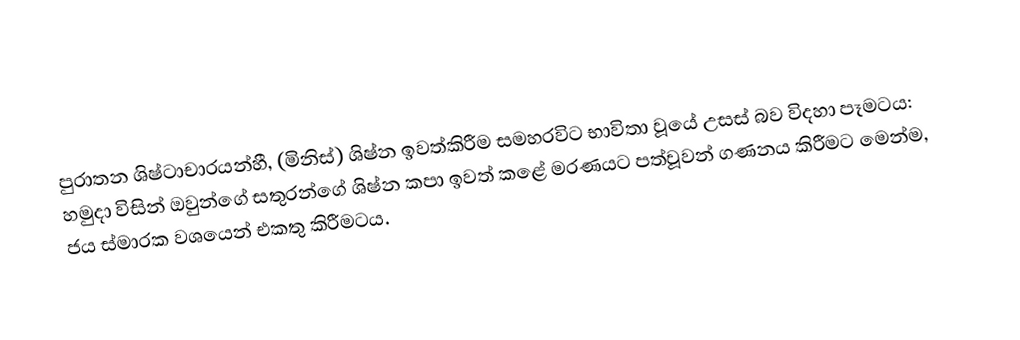
පුරාතන ශිෂ්ටාචාරයන්හී, (මිනිස්) ශිෂ්න ඉවත්කිරීම සමහරවිට භාවිතා වූයේ උසස් බව විදහා පෑමටය: හමුදා විසින් ඔවුන්ගේ සතුරන්ගේ ශිෂ්න කපා ඉවත් කළේ මරණයට පත්වූවන් ගණනය කිරීමට මෙන්ම, ජය ස්මාරක වශයෙන් එකතු කිරීමටය.